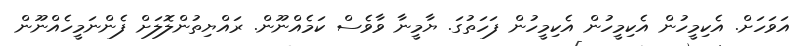
އަވަހަށް. އެކިމީހުން އެކިމީހުން އެކިމީހުން ފަހަތުގަ. ޔާމީނާ ވާވެސް ކަމެއްނޫން. ރައްޔިތުންލޮލަށް ފެންނަމީހެއްނޫން